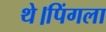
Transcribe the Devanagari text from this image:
थे।पिंगला